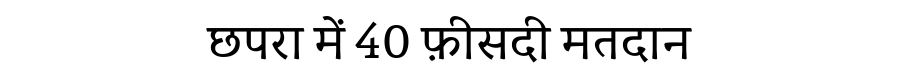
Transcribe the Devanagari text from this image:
छपरा में 40 फ़ीसदी मतदान